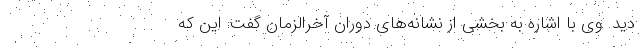
دید. وی با اشاره به بخشی از نشانه‌های دوران آخرالزمان گفت: این که